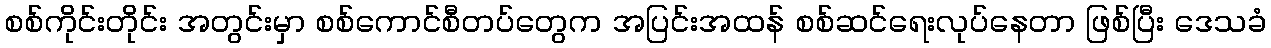
စစ်ကိုင်းတိုင်း အတွင်းမှာ စစ်ကောင်စီတပ်တွေက အပြင်းအထန် စစ်ဆင်ရေးလုပ်နေတာ ဖြစ်ပြီး ဒေသခံ